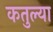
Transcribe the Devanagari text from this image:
कतुल्या